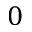
0